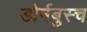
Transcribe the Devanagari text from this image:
डोर्नबुस्च